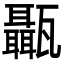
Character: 𤮱